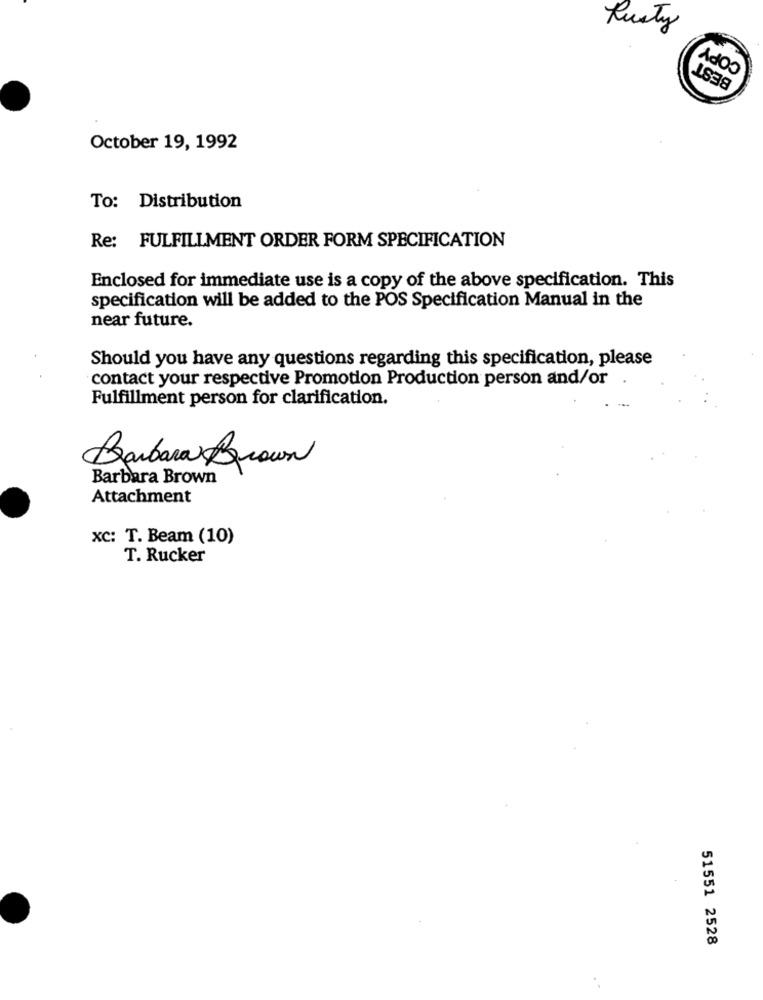
Rusty
COPY
BEST
October 19, 1992
To: Distribution
Re: FULFILLMENT ORDER FORM SPECIFICATION
Enclosed for immediate use is a copy of the above specification. This
specification will be added to the POS Specification Manual in the
near future.
Should you have any questions regarding this specification, please
contact your respective Promotion Production person and/or
Fulfillment person for clarification.
Barbara Brown
Barbara Brown
Attachment
XC: T. Beam (10)
T. Rucker
51551 2528